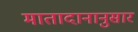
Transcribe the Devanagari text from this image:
मातादानानुसार